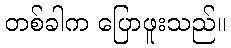
တစ်ခါက ပြောဖူးသည်။